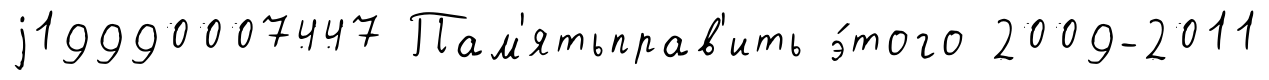
j19990007447 Пам'ятьправ'ить э́того 2009-2011